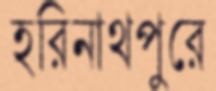
হরিনাথপুরে